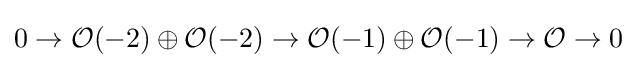
0\to {\mathcal {O}}(-2)\oplus {\mathcal {O}}(-2)\to {\mathcal {O}}(-1)\oplus {\mathcal {O}}(-1)\to {\mathcal {O}}\to 0